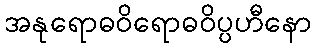
အနုရောဓဝိရောဓဝိပ္ပဟီနော